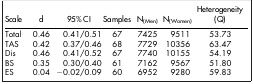
<table><thead><tr><td><b>Scale</b></td><td><b>d</b></td><td><b>95% CI</b></td><td><b>Samples</b></td><td><b>N<sub>(Men)</sub></b></td><td><b>N<sub>(Women)</sub></b></td><td><b>Heterogeneity (Q)</b></td></tr></thead><tbody><tr><td>Total</td><td>0.46</td><td>0.41/0.51</td><td>67</td><td>7425</td><td>9511</td><td>53.73</td></tr><tr><td>TAS</td><td>0.42</td><td>0.37/0.46</td><td>68</td><td>7729</td><td>10356</td><td>63.47</td></tr><tr><td>Dis</td><td>0.46</td><td>0.41/0.52</td><td>67</td><td>7740</td><td>10155</td><td>54.19</td></tr><tr><td>BS</td><td>0.35</td><td>0.30/0.40</td><td>61</td><td>7162</td><td>9567</td><td>51.80</td></tr><tr><td>ES</td><td>0.04</td><td>−0.02/0.09</td><td>60</td><td>6952</td><td>9280</td><td>59.83</td></tr></tbody></table>